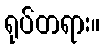
ရုပ်တရား။